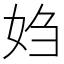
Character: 㛀